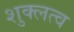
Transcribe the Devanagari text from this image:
शुक्लत्व